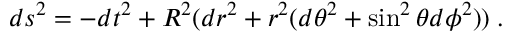
d s ^ { 2 } = - d t ^ { 2 } + R ^ { 2 } ( d r ^ { 2 } + r ^ { 2 } ( d \theta ^ { 2 } + \sin ^ { 2 } \theta d \phi ^ { 2 } ) ) \; .